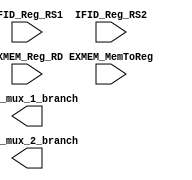
`timescale 1ns / 1ps
//////////////////////////////////////////////////////////////////////////////////
// Company: EECS 581 Team 11
// 
// Design Name: 
// Module Name: forwarding_unit_branch
// Project Name: 
// Target Devices: 
// Tool Versions: 
// Description: 
// 
// Dependencies: 
// 
// Revision:
// Revision 0.01 - File Created
// Additional Comments:
// 
//////////////////////////////////////////////////////////////////////////////////


module forwarding_unit_branch(
    output ctrl_mux_1_branch,
    output ctrl_mux_2_branch,
    input IFID_Reg_RS1,
    input IFID_Reg_RS2,
    input EXMEM_Reg_RD,
    input EXMEM_MemToReg
    );
endmodule